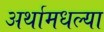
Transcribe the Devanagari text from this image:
अर्थामधल्या